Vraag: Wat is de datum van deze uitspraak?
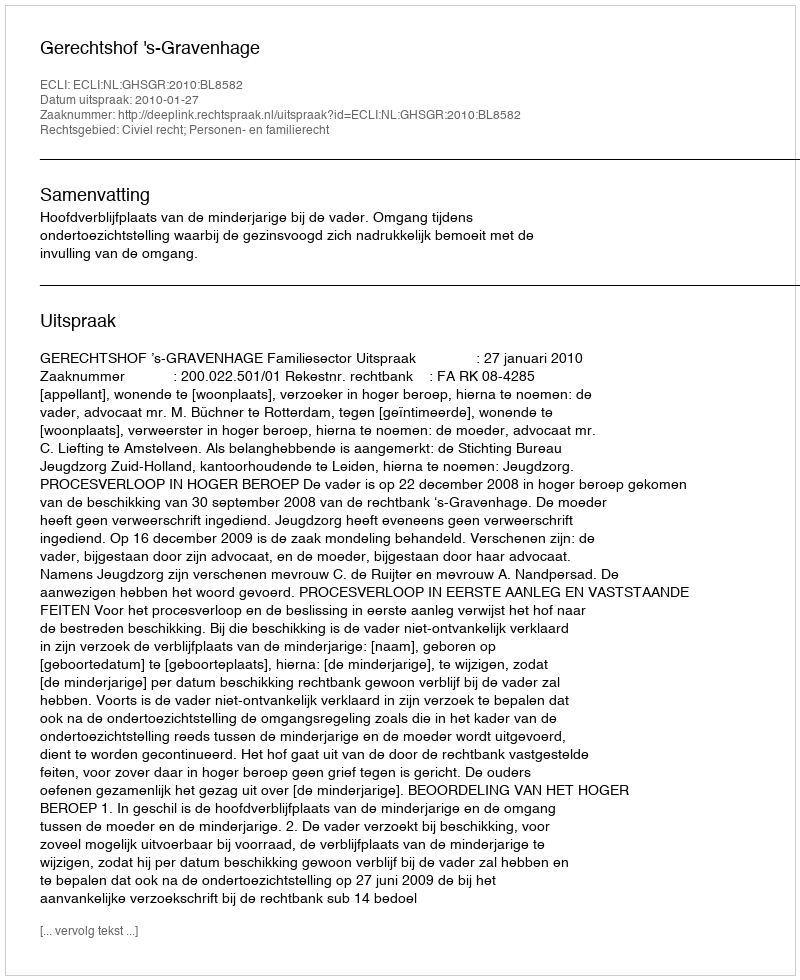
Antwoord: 2010-01-27